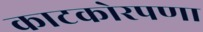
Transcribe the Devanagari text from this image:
काटकोरपणा